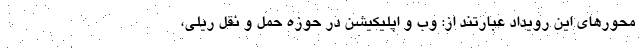
محورهای این رویداد عبارتند از: وب و اپلیکیشن در حوزه حمل و نقل ریلی،